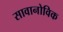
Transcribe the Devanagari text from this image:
सावानोविक